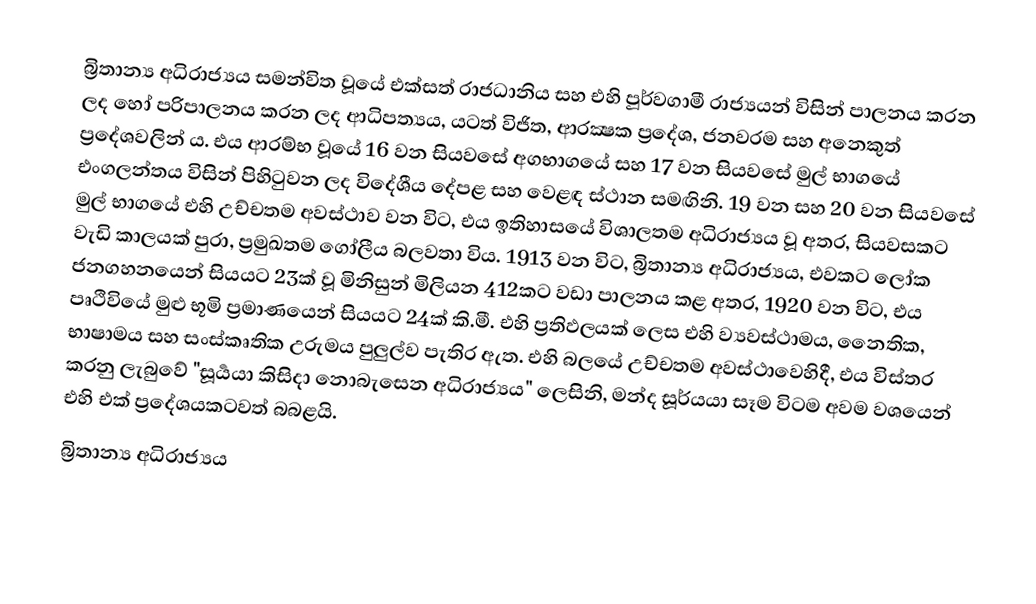
බ්‍රිතාන්‍ය අධිරාජ්‍යය සමන්විත වූයේ එක්සත් රාජධානිය සහ එහි පූර්වගාමී රාජ්‍යයන් විසින් පාලනය කරන ලද හෝ පරිපාලනය කරන ලද ආධිපත්‍යය, යටත් විජිත, ආරක්‍ෂක ප්‍රදේශ, ජනවරම සහ අනෙකුත් ප්‍රදේශවලින් ය. එය ආරම්භ වූයේ 16 වන සියවසේ අගභාගයේ සහ 17 වන සියවසේ මුල් භාගයේ එංගලන්තය විසින් පිහිටුවන ලද විදේශීය දේපළ සහ වෙළඳ ස්ථාන සමඟිනි. 19 වන සහ 20 වන සියවසේ මුල් භාගයේ එහි උච්චතම අවස්ථාව වන විට, එය ඉතිහාසයේ විශාලතම අධිරාජ්‍යය වූ අතර, සියවසකට වැඩි කාලයක් පුරා, ප්‍රමුඛතම ගෝලීය බලවතා විය. 1913 වන විට, බ්‍රිතාන්‍ය අධිරාජ්‍යය, එවකට ලෝක ජනගහනයෙන් සියයට 23ක් වූ මිනිසුන් මිලියන 412කට වඩා පාලනය කළ අතර, 1920 වන විට, එය පෘථිවියේ මුළු භූමි ප්‍රමාණයෙන් සියයට 24ක් කි.මී. එහි ප්‍රතිඵලයක් ලෙස එහි ව්‍යවස්ථාමය, නෛතික, භාෂාමය සහ සංස්කෘතික උරුමය පුලුල්ව පැතිර ඇත. එහි බලයේ උච්චතම අවස්ථාවෙහිදී, එය විස්තර කරනු ලැබුවේ "සූර්‍යයා කිසිදා නොබැසෙන අධිරාජ්‍යය" ලෙසිනි, මන්ද සූර්යයා සෑම විටම අවම වශයෙන් එහි එක් ප්‍රදේශයකටවත් බබළයි.
බ්‍රිතාන්‍ය අධිරාජ්‍යය